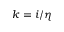
k = i / \eta